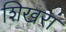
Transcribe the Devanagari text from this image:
शिखरा